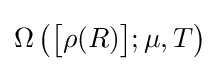
\Omega \left({\big [}\rho (R){\big ]};\mu ,T\right)